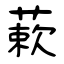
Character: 蔌